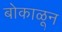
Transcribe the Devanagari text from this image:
बोकाळून